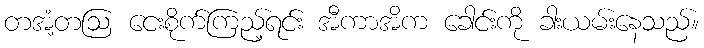
တအံ့တဩ ငေးစိုက်ကြည့်ရင်း အီကာအိက ခေါင်းကို ခါးယမ်းနေသည်။